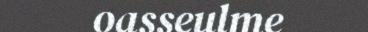
oasseulme